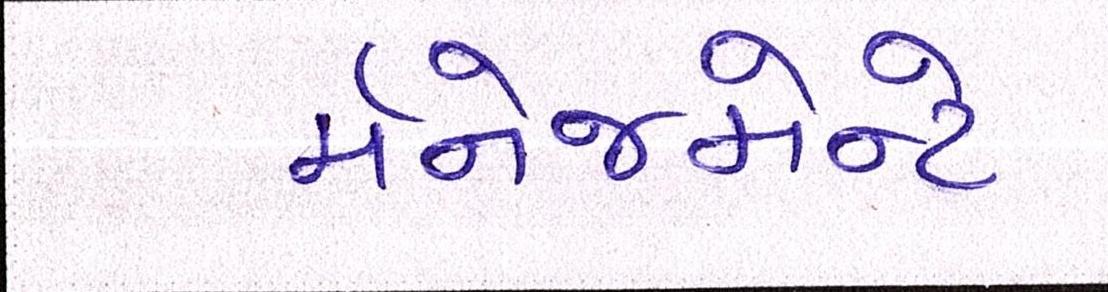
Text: મૅનેજમેન્ટે